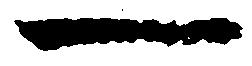
一